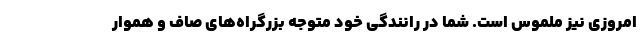
امروزی نیز ملموس است. شما در رانندگی خود متوجه بزرگراه‌های صاف و هموار